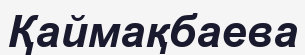
Қаймақбаева